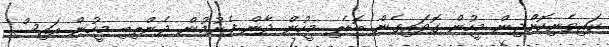
ކައިވެނިކޮށްދިން މީހުން ގޮވައިގެން ބޮޑެތި މީހުން ދާން ފެށުމުން ދެންތިބި މީހުން އައިސް